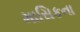
માસિકના